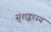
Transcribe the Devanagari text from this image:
सुशङ्करस्य